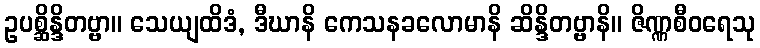
ဥပစ္ဆိန္ဒိတဗ္ဗာ။ သေယျထိဒံ, ဒီဃာနိ ကေသနခလောမာနိ ဆိန္ဒိတဗ္ဗာနိ။ ဇိဏ္ဏစီဝရေသု